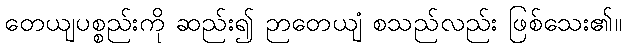
တေယျပစ္စည်းကို ဆည်း၍ ဉာတေယျံ စသည်လည်း ဖြစ်သေး၏။